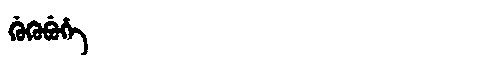
Manchu: ᡤᡠᡴᡠᠪᡠᡥᡝ
Romanization: GUKUBUHE